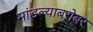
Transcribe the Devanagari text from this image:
मांडल्याबरोबर